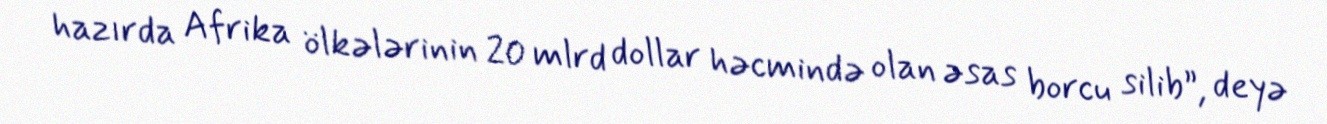
hazırda Afrika ölkələrinin 20 mlrd dollar həcmində olan əsas borcu silib”, deyə